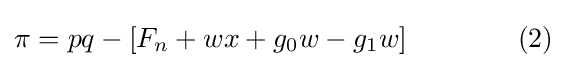
\pi =pq-[F_{n}+wx+g_{0}w-g_{1}w]\qquad \qquad (2)